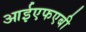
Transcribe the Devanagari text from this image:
आईएफएबी